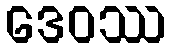
ဒေဝဿ